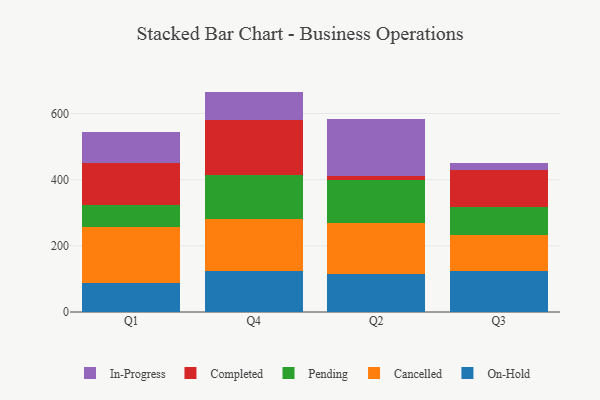
{"axis": {"x": "Quarter", "y": "Net Income (USD K)"}, "legend": ["Cancelled", "Completed", "In-Progress", "On-Hold", "Pending"], "data": [{"x": "Q1", "y": 86.6, "type": "On-Hold"}, {"x": "Q1", "y": 169.6, "type": "Cancelled"}, {"x": "Q1", "y": 68.0, "type": "Pending"}, {"x": "Q1", "y": 125.4, "type": "Completed"}, {"x": "Q1", "y": 94.2, "type": "In-Progress"}, {"x": "Q4", "y": 124.2, "type": "On-Hold"}, {"x": "Q4", "y": 156.5, "type": "Cancelled"}, {"x": "Q4", "y": 133.2, "type": "Pending"}, {"x": "Q4", "y": 166.3, "type": "Completed"}, {"x": "Q4", "y": 86.1, "type": "In-Progress"}, {"x": "Q2", "y": 115.1, "type": "On-Hold"}, {"x": "Q2", "y": 155.4, "type": "Cancelled"}, {"x": "Q2", "y": 129.7, "type": "Pending"}, {"x": "Q2", "y": 11.8, "type": "Completed"}, {"x": "Q2", "y": 170.3, "type": "In-Progress"}, {"x": "Q3", "y": 125.4, "type": "On-Hold"}, {"x": "Q3", "y": 106.4, "type": "Cancelled"}, {"x": "Q3", "y": 84.3, "type": "Pending"}, {"x": "Q3", "y": 113.2, "type": "Completed"}, {"x": "Q3", "y": 21.8, "type": "In-Progress"}]}